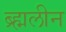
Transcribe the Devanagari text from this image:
ब्र्ह्मलीन